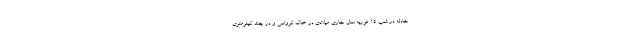
حادثه در شب ۱۵ فوریه سال جاری میلادی در خاک کرواسی و در چند کیلومتری